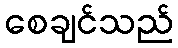
စေချင်သည်